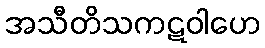
အသီတိသကဋဝါဟေ